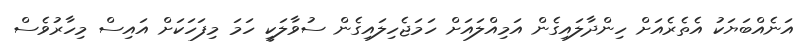
އަނެއްބަޔަކު އެތެރެއަށް ހިންދާލައިގެން އަމިއްލައަށް ހަމަޖެހިލައިގެން ސުވާލަކީ ހަމަ މިފަހަކަށް އައިސް މިހާރުވެސް